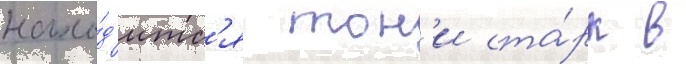
нахо́д'итс'я тон'и ста́рк в